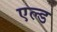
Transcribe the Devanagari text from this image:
एल्ड